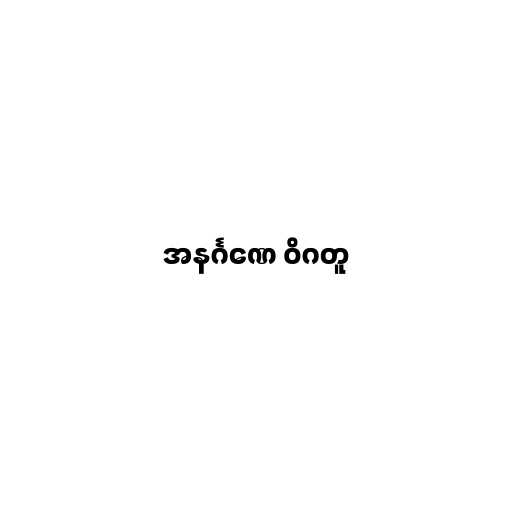
အနင်္ဂဏေ ဝိဂတူ